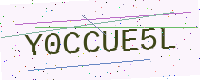
Text: Y0CCUE5L